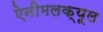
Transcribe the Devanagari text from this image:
ऐनीमलक्यूल